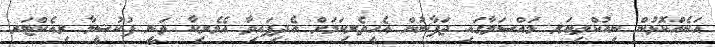
އަނެއްކޮޅުން ނިއުކްލިޔަރ މައްސަލާގައި ޖަޕާނުން އެހީތެރިކަމަށް އެދިފައިވާ އެމެރިކާ ވަނީ ފުކުޝީމާ ރިއެކްޓަރ